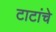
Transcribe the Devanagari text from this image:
टाटांचे